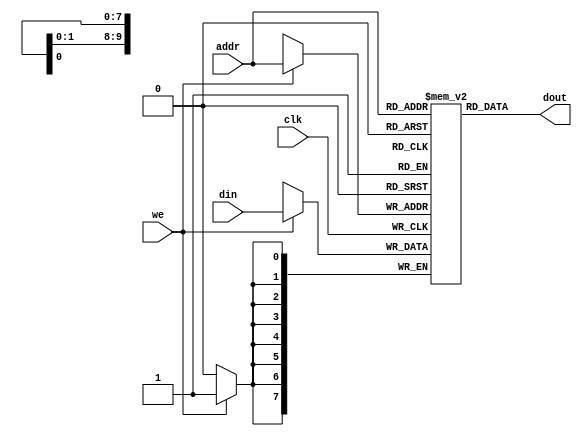
module sram #(parameter DATA_WIDTH = 8, parameter ADDR_WIDTH = 10) (
    input clk,
    input we,

    input [ADDR_WIDTH-1:0] addr,
    input [DATA_WIDTH-1:0] din,
    output [DATA_WIDTH-1:0] dout
);

    reg [DATA_WIDTH-1:0] mem [2**ADDR_WIDTH-1:0];

    always @(posedge clk) begin
        if (we) begin
            mem[addr] <= din;
        end
    end

    assign dout = mem[addr];

endmodule